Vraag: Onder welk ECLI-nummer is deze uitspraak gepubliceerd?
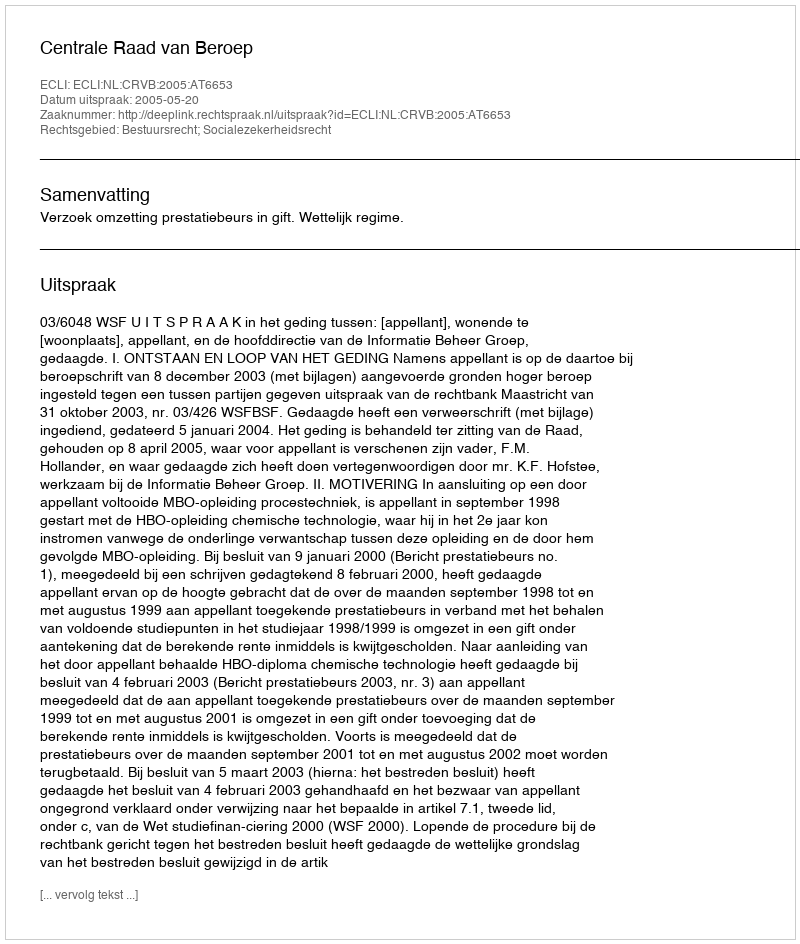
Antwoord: ECLI:NL:CRVB:2005:AT6653